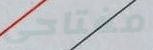
مفتاحي